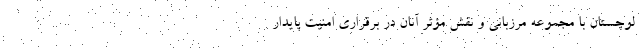
لوچستان با مجموعه مرزبانی و نقش مؤثر آنان در برقراری امنیت پایدار